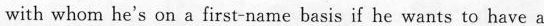
with whom he's on a first-name basis if he wants to have a